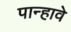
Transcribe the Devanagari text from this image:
पान्हावे